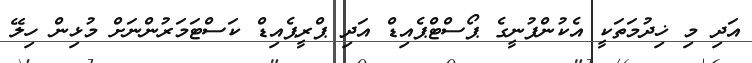
އަދި މި ޚިދުމަތަކީ އެކުންފުނީގެ ޕޯސްޓްޕެއިޑް އަދި ޕްރީޕެއިޑް ކަސްޓަމަރުންނަށް މުޅިން ހިލޭ